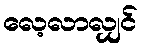
လေ့လာလျှင်